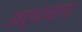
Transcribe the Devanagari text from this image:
अर्धचाप